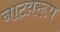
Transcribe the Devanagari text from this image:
नाटय़रूप